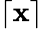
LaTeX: \lceil\mathbf{x}\rceil